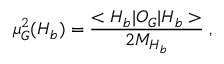
\mu _ { G } ^ { 2 } ( H _ { b } ) = { \frac { < H _ { b } | { \cal O } _ { G } | H _ { b } > } { 2 M _ { H _ { b } } } } \; ,